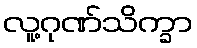
လူ့ဂုဏ်သိက္ခာ